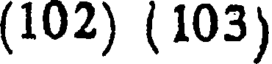
(102) (103)